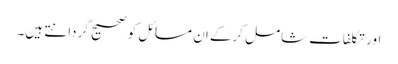
اور تکلفات شامل کرکے ان مسائل کو صحیح گردانتے ہیں۔